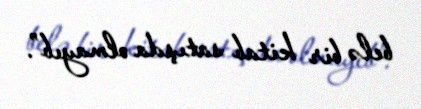
belə bir kitab satışda olmayıb”.